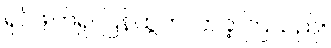
ရုပ်ဖျက်၍ ပြန်ထွက်လာခဲ့ ကြသည်။